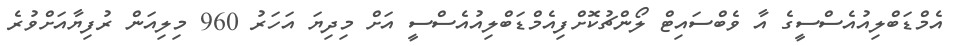
އެމްޑަބްލިއުއެސްސީގެ އާ ވެބްސައިޓް ލޯންޗުކޮށްފިއެމްޑަބްލިއުއެސްސީ އަށް މިދިޔަ އަހަރު 960 މިލިއަން ރުފިޔާއަށްވުރެ